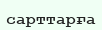
сарттарға